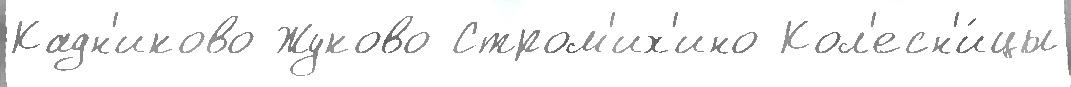
Кадн'иково Жуково Стром'их'ино Кол'есн'и́цы